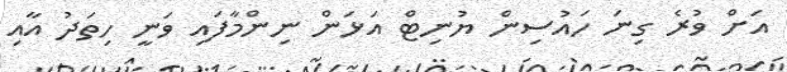
އަށް ވުރެ ގިނަ ހައުސިން ޔުނިޓް އަޅަން ނިންމާފައި ވަނީ ހިތަދު އާއި